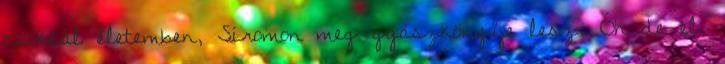
csókkal életemben, Síromon meg gyászkönyűje lesz. Óh de el,